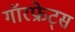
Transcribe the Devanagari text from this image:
गॉरफ्रेट्स